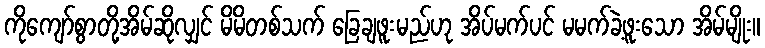
ကိုကျော်စွာတို့အိမ်ဆိုလျှင် မိမိတစ်သက် ခြေချဖူးမည်ဟု အိပ်မက်ပင် မမက်ခဲ့ဖူးသော အိမ်မျိုး။